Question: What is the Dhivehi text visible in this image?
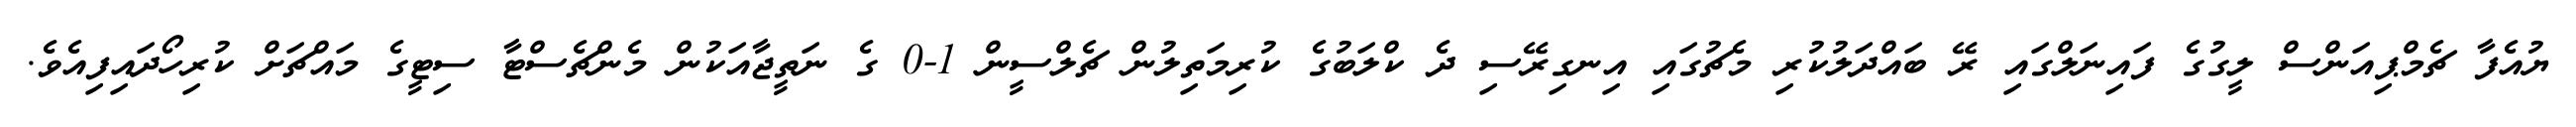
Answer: ޔުއެފާ ޗެމްޕިއަންސް ލީގުގެ ފައިނަލްގައި ރޭ ބައްދަލުކުރި މެޗުގައި އިނގިރޭސި ދެ ކްލަބުގެ ކުރިމަތިލުން ޗެލްސީން 1-0 ގެ ނަތީޖާއަކުން މެންޗެސްޓާ ސިޓީގެ މައްޗަށް ކުރިހޯދައިފިއެވެ.